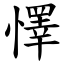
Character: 懌